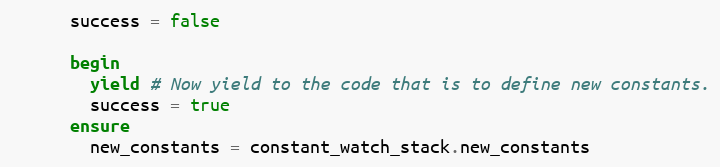
Language: Ruby
      success = false

      begin
        yield # Now yield to the code that is to define new constants.
        success = true
      ensure
        new_constants = constant_watch_stack.new_constants